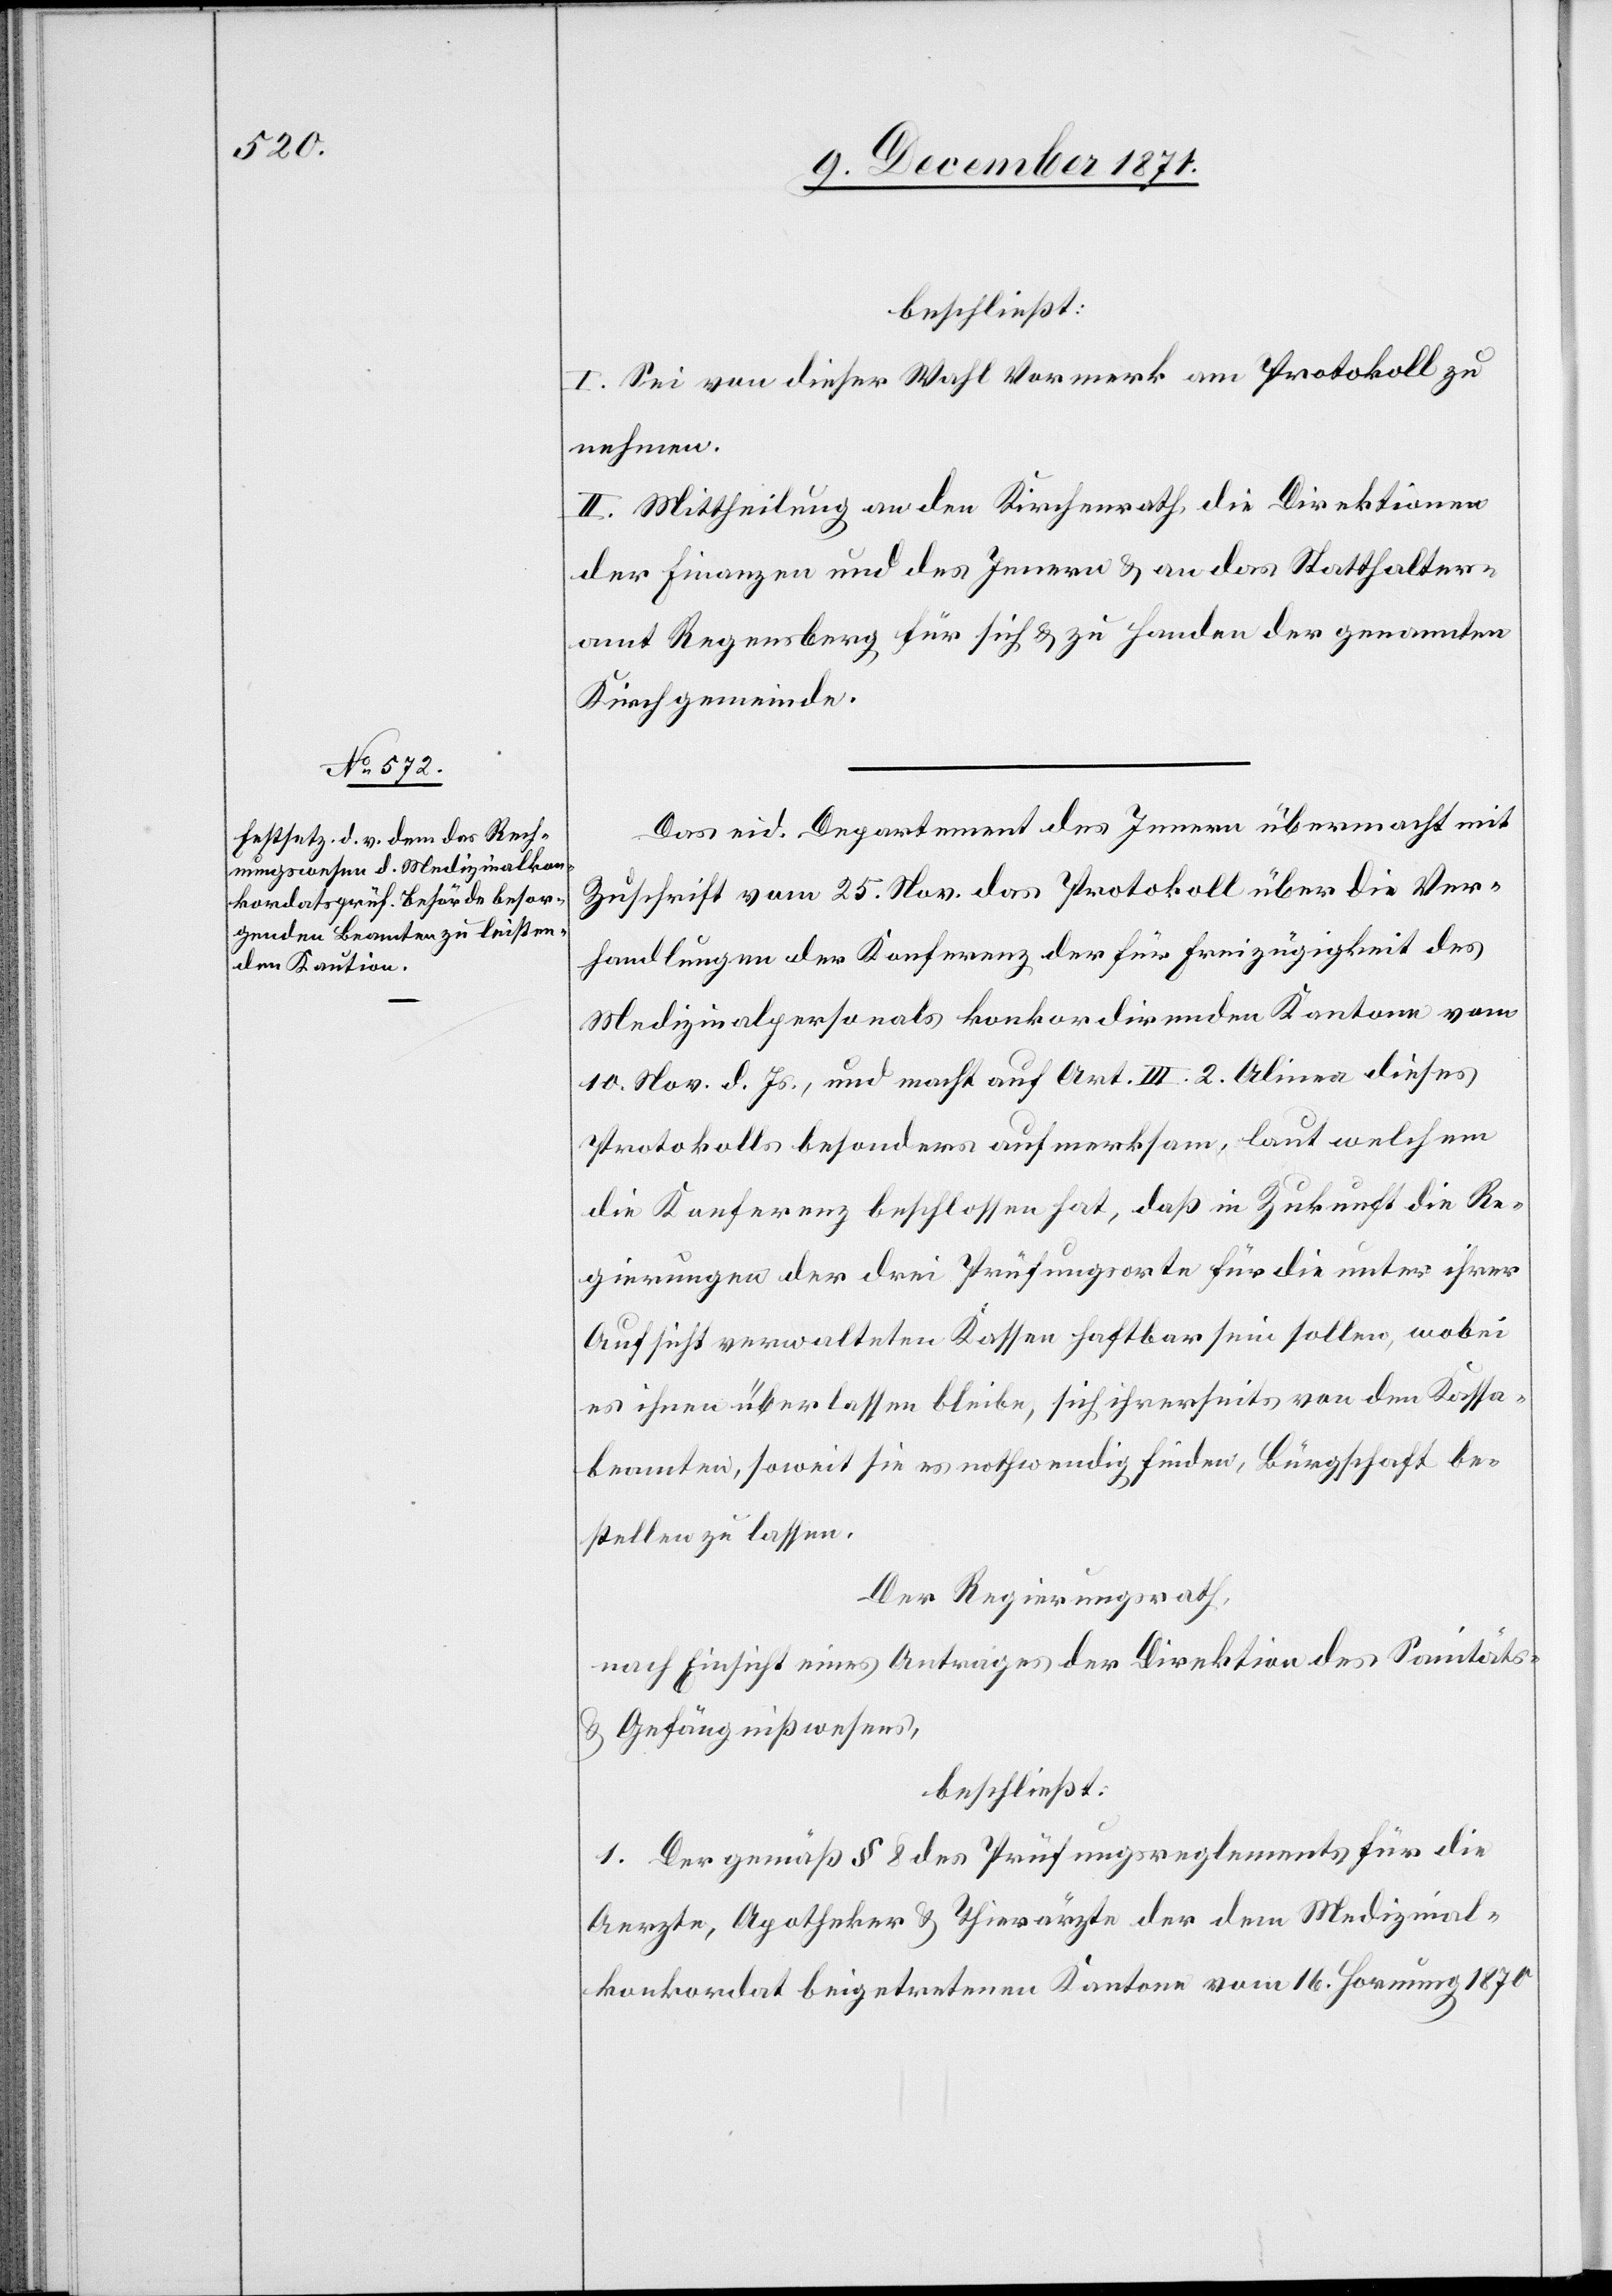
beschliesst:
I. Sei von dieser Wahl Vormerk am Protokoll zu
nehmen.
II. Mittheilung an den Kirchenrath, die Direktionen
der Finanzen und des Innern & an das Statthalter¬
amt Regensberg für sich & zu Handen der genannten
Kirchgemeinde.
Das eid. Departement des Innern übermacht mit
Zuschrift vom 25. Nov. das Protokoll über die Ver¬
handlungen der Konferenz der für Freizügigkeit des
Medizinalpersonals konkordirenden Kantone vom
10. Nov. d. Js, und macht auf Art. III. 2. Alinea dieses
Protokolls besonders aufmerksam, laut welchem
die Konferenz beschlossen hat, daß in Zukunft die Re¬
gierungen der drei Prüfungsorte für die unter ihrer
Aufsicht verwalteten Kassen haftbar sein sollen, wobei
es ihnen überlassen bleibe, sich ihrerseits von den Kassa¬
beamten, soweit sie es nothwendig finden, Bürgschaft be¬
stellen zu lassen.
Der Regierungsrath,
nach Einsicht eines Antrages der Direktion des Sanitäts-
& Gefängnißwesens,
beschließt:
1. Der gemäß § 8 des Prüfungsreglements für die
Aerzte, Apotheker & Thierärzte der dem Medizinal¬
konkordat beigetretenen Kantone vom 16. Hornung 1870